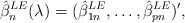
\begin{align*}\hat{\beta}_n^{LE}(\lambda) = (\hat{\beta}_{1n}^{LE}, \ldots, \hat{\beta}_{pn}^{LE})',\end{align*}